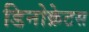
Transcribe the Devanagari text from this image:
डिनोक्रेटस